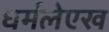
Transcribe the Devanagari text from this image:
धर्मलेएख